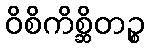
ဝိစိကိစ္ဆိတဉ္စ